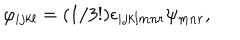
LaTeX: \varphi _ { i j k l } = ( 1 / 3 ! ) \epsilon _ { i j k l m n r } \psi _ { m n r } ,